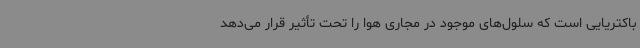
باکتریایی است که سلول‌های موجود در مجاری هوا را تحت تأثیر قرار می‌دهد